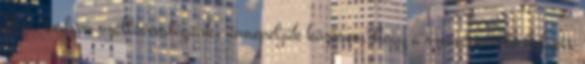
Nos, kedves szállóvendégünk, ünnepeljük közösen, hogy a szeméttároló helyett